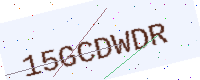
Text: 15GCDWDR